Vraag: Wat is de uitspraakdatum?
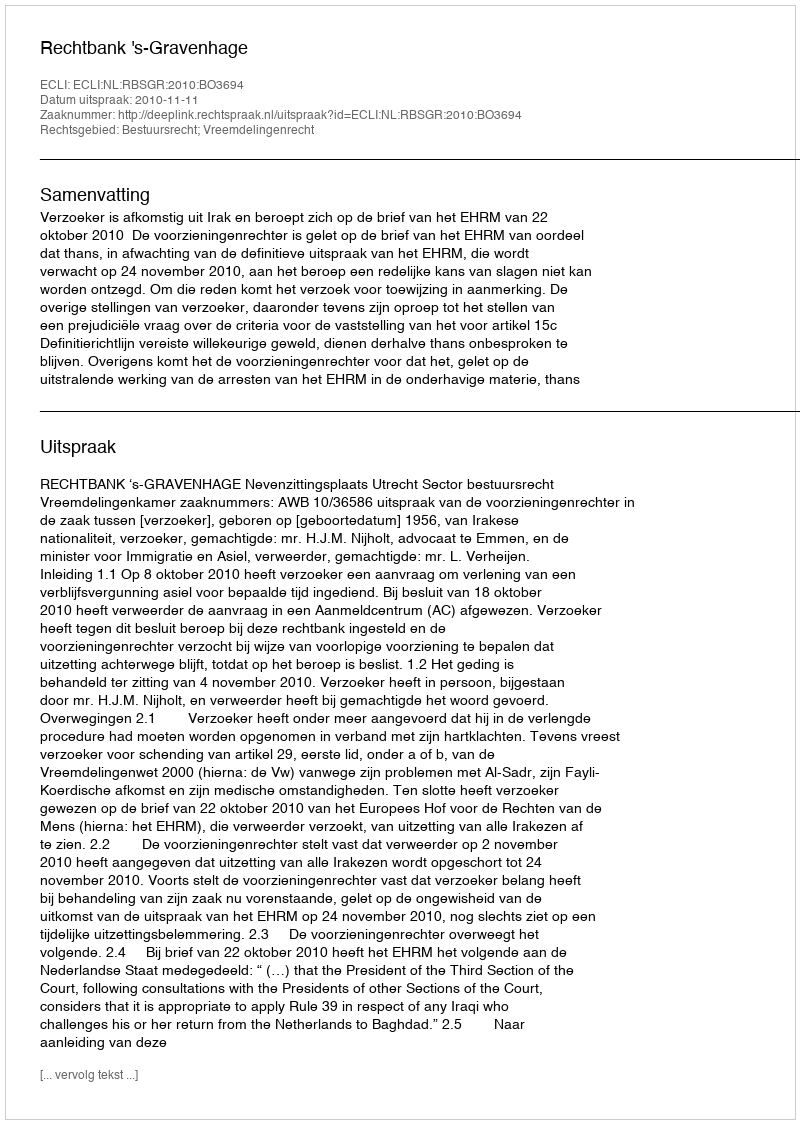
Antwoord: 2010-11-11